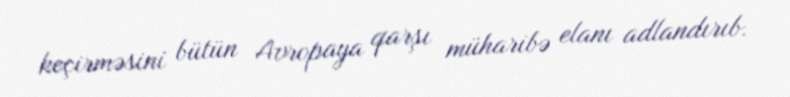
keçirməsini bütün Avropaya qarşı müharibə elanı adlandırıb.